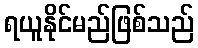
ရယူနိုင်မည်ဖြစ်သည်